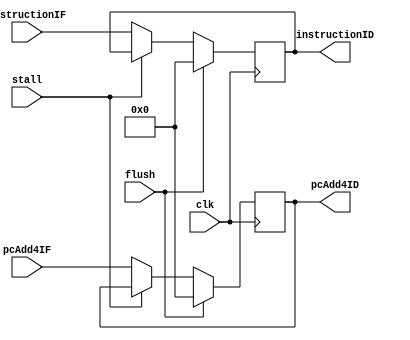
`ifndef MODULE_IF_ID
`define MODULE_IF_ID
`timescale 1ns / 1ps

module IF_ID (
    input               clk,
                        stall,
                        flush,
    input       [31:0]  pcAdd4IF,
                        instructionIF,
    output reg  [31:0]  pcAdd4ID,
                        instructionID
);

    initial begin
        pcAdd4ID = 32'b0;
        instructionID = 32'b0;
    end

    always @ (posedge clk) begin
        if (flush) begin
            pcAdd4ID <= 32'b0;
            instructionID <= 32'b0;
        end else if (!stall) begin
            pcAdd4ID <= pcAdd4IF;
            instructionID <= instructionIF;
        end
    end

endmodule // IF_ID


`endif // MODULE_IF_ID